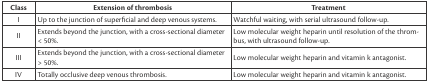
<table><thead><tr><td><b>Class</b></td><td><b>Extension of thrombosis</b></td><td><b>Treatment</b></td></tr></thead><tbody><tr><td>I</td><td>Up to the junction of superficial and deep venous systems.</td><td>Watchful waiting, with serial ultrasound follow-up.</td></tr><tr><td>II</td><td>Extends beyond the junction, with a cross-sectional diameter &lt; 50%.</td><td>Low molecular weight heparin until resolution of the thrombus, with ultrasound follow-up.</td></tr><tr><td>III</td><td>Extends beyond the junction, with a cross-sectional diameter &gt; 50%.</td><td>Low molecular weight heparin and vitamin k antagonist.</td></tr><tr><td>IV</td><td>Totally occlusive deep venous thrombosis.</td><td>Low molecular weight heparin and vitamin k antagonist.</td></tr></tbody></table>